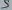
Text: 5